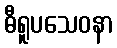
ဓီရူပသေဝနာ